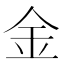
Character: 金